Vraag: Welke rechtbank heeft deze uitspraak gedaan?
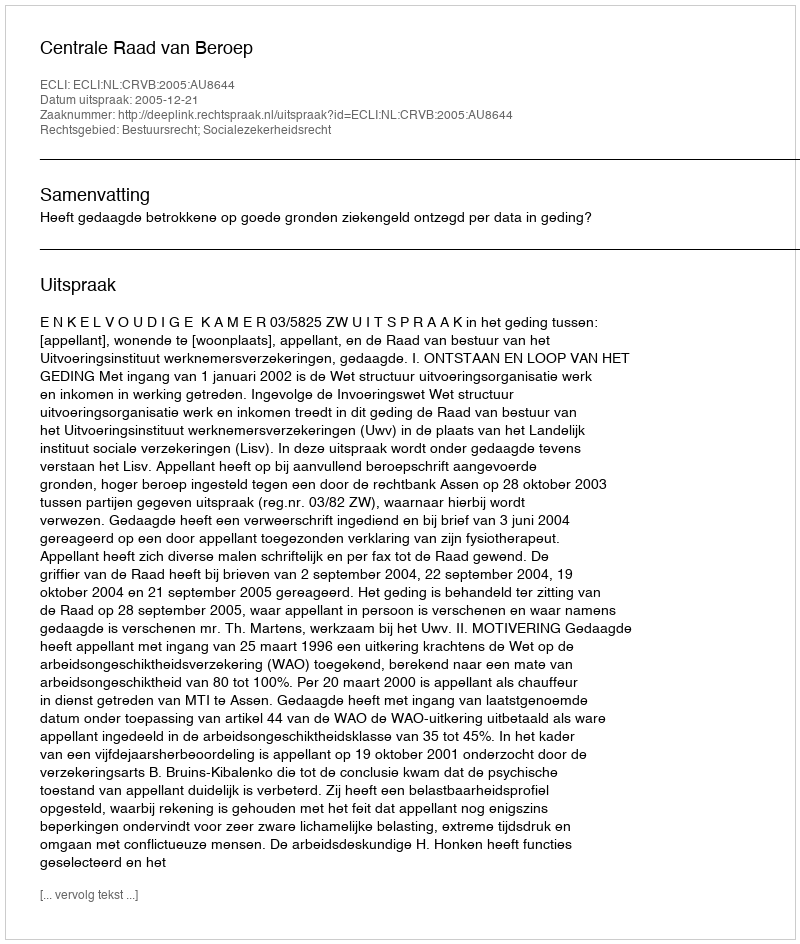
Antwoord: Centrale Raad van Beroep